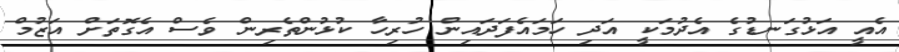
އެއީ އަޅުގަނޑުގެ އެދުމަކީ އަދި ހަމައެފަދައިން ހުރިހާ ކުޅުންތެރިން ވެސް އެގޮތަށް އަޒުމް